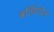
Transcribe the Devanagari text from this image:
बर्लियोज